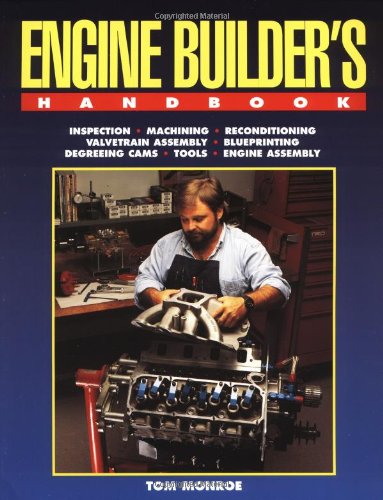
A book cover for Engine Builder's Handbook; Tom Monroe; Engineering & Transportation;